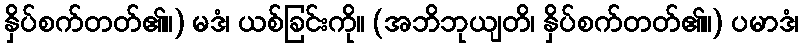
နှိပ်စက်တတ်၏။) မဒံ၊ ယစ်ခြင်းကို။ (အဘိဘုယျတိ၊ နှိပ်စက်တတ်၏။) ပမာဒံ၊